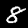
Label: 8